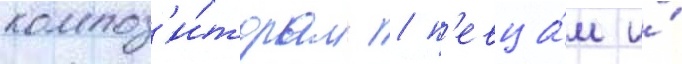
композ'и́торам / п'евца́м и́